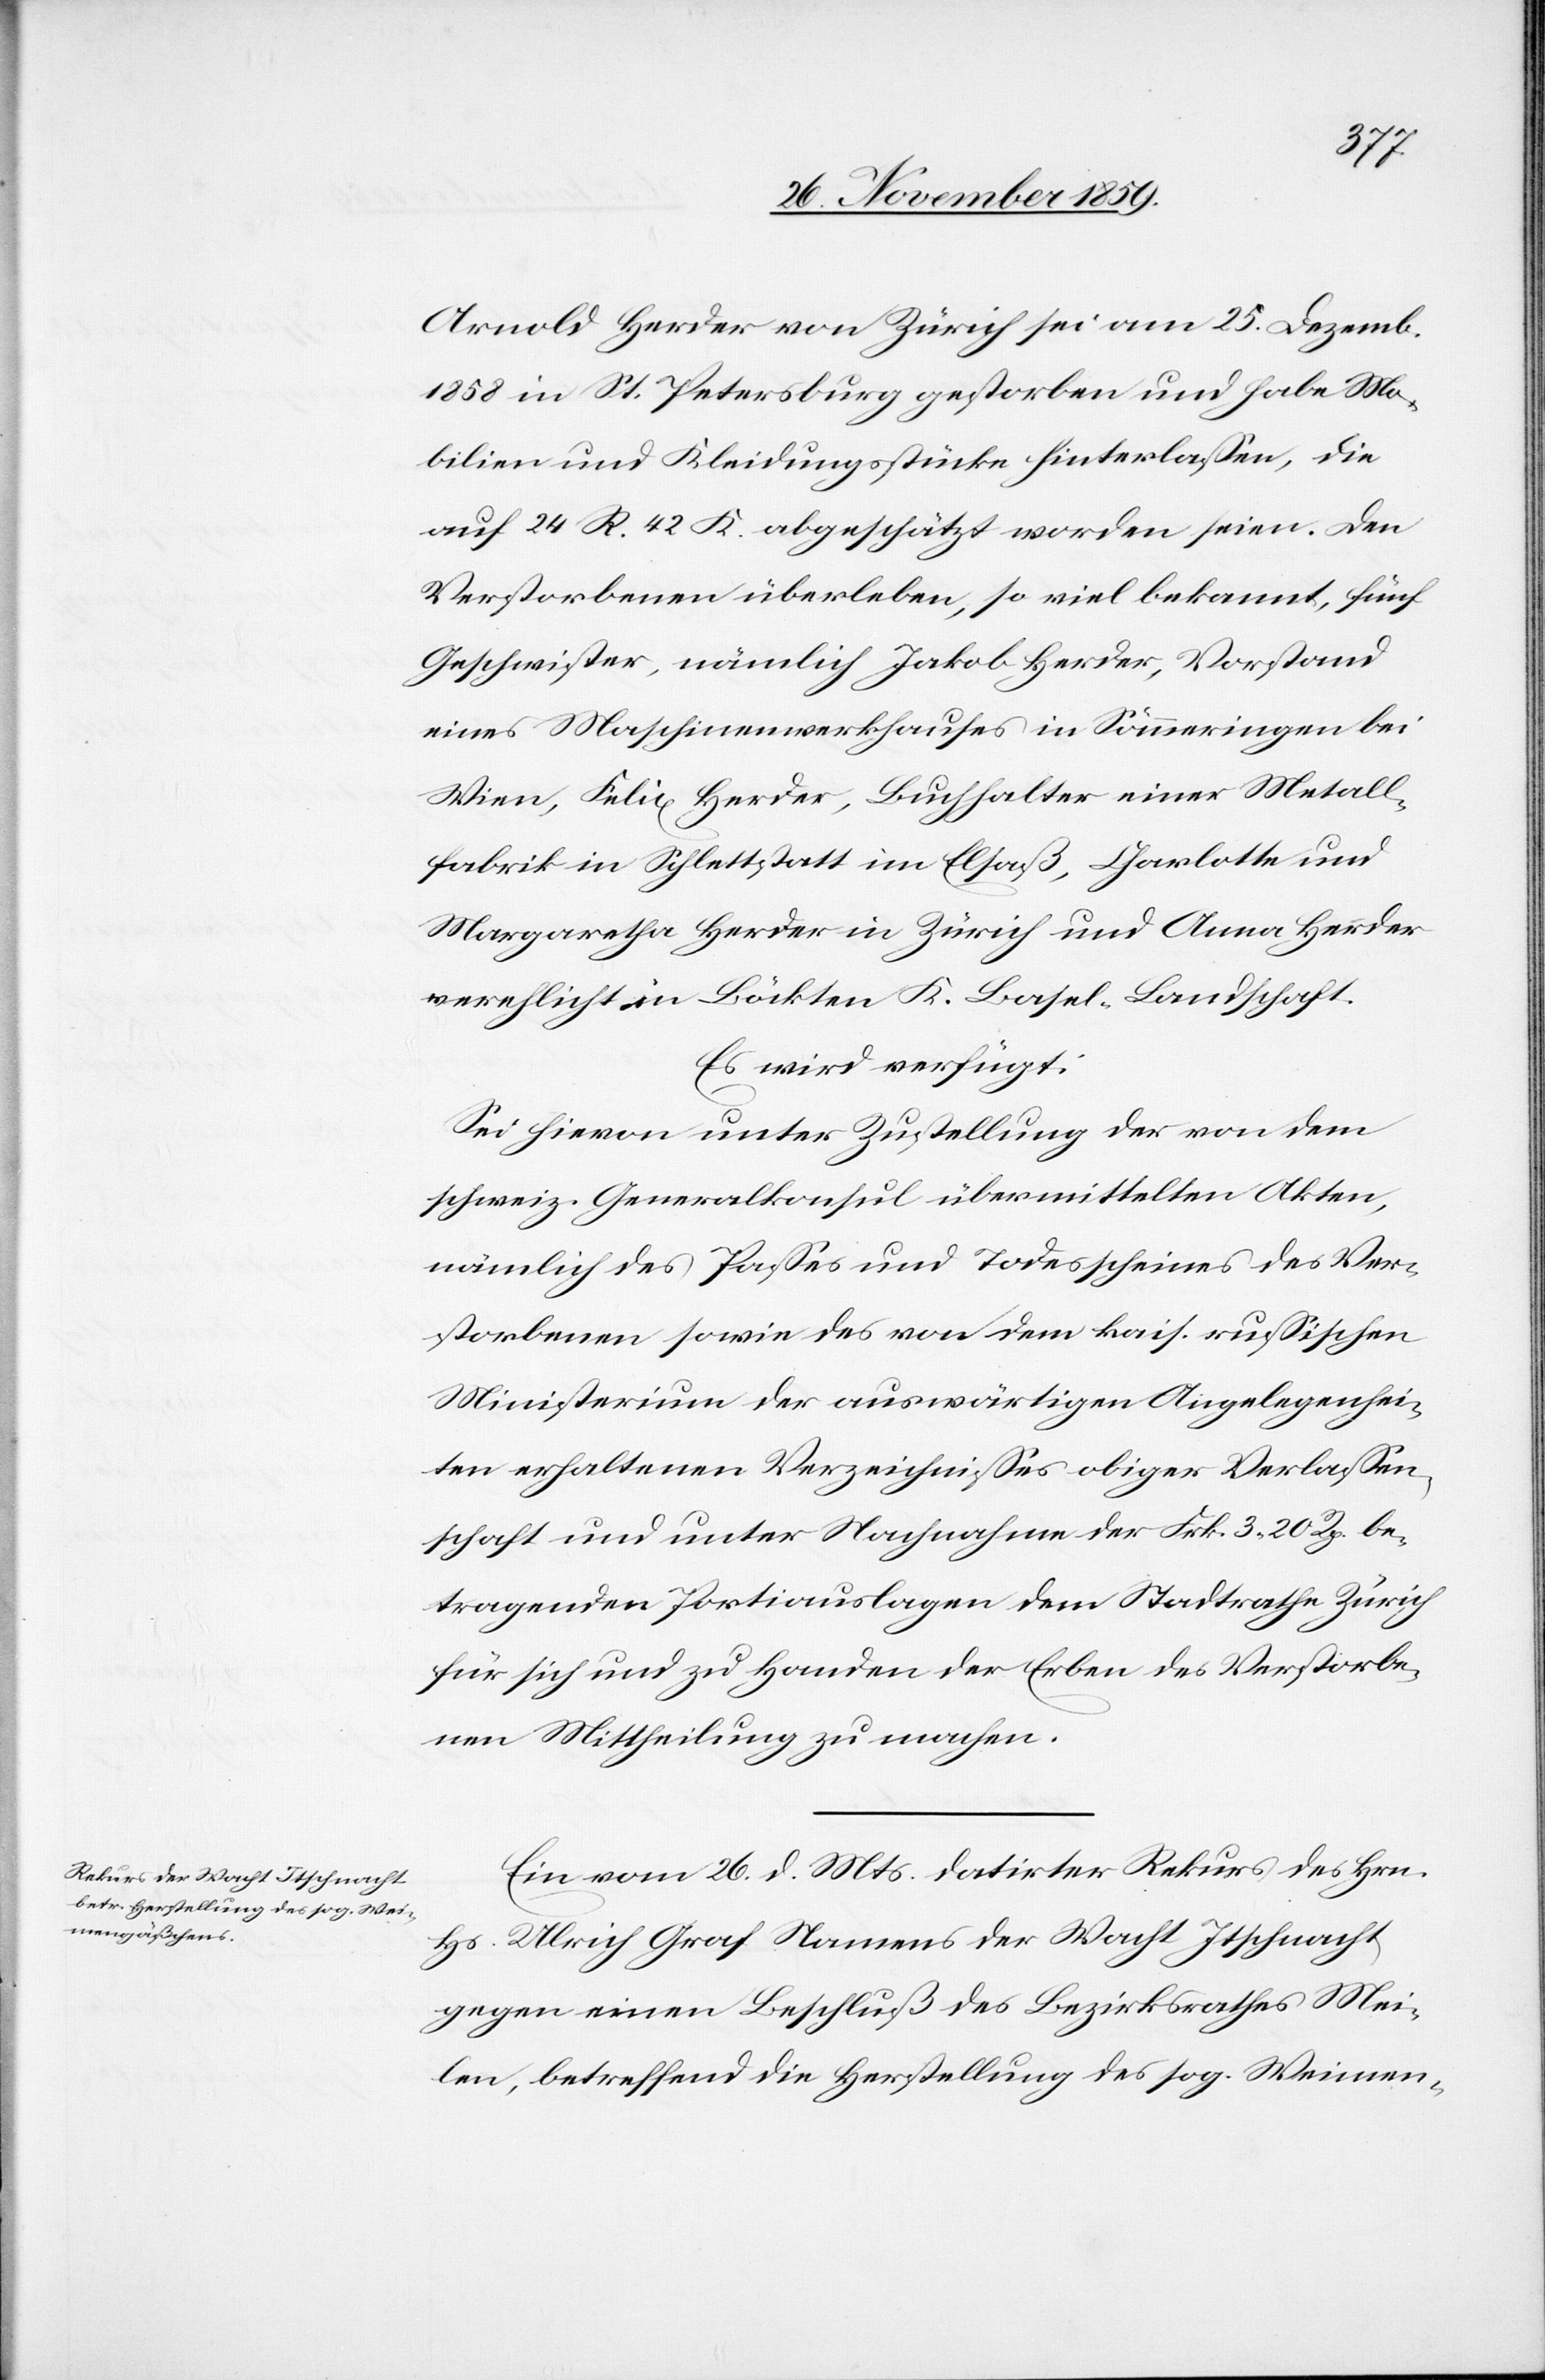
29. November 1859.]
Arnold Herder von Zürich sei am 25. Dezemb.
1858 in St. Petersburg gestorben und habe Mo¬
bilien und Kleidungsstücke hinterlassen, die
auf 24 R. 42 K. geschätzt worden seien. Den
Verstorbenen überleben, so viel bekannt, fünf
Geschwister, nämlich Jakob Harder, Vorstand
eines Maschinenwerkhauses in Sömmeringen bei
Wien, Felix Herder, Buchhalter einer Metall¬
fabrik in Schlettstatt im Elsaß, Charlotte und
Margaretha Herder in Zürich und Anna Herder
verehlicht in Böckten K. Basel-Landschaft.
Es wird verfügt:
Sei hievon unter Zustellung der von dem
schweiz. Generalkonsul übermittelten Akten,
nämlich des Passes und Todesscheines des Ver¬
storbenen sowie des von dem kais. russischen
Ministerium der auswärtigen Angelegenhei¬
ten erhaltenen Verzeichnisses obiger Verlassen¬
schaft und unter Nachnahme der Frk. 3 20 Rp. be¬
tragenden Portiauslagen dem Stadtrath Zürich
für sich und zu Handen der Erben des Verstorbe¬
nen Mittheilung zu machen.
Ein vom 26. d. Mts. datirter Rekurs des Hrn.
Hs. Ulrich Graf Namens der Wacht Itschnacht
gegen einen Beschluß des Bezirksrathes Mei¬
len, betreffend die Herstellung des sog. Weimen-